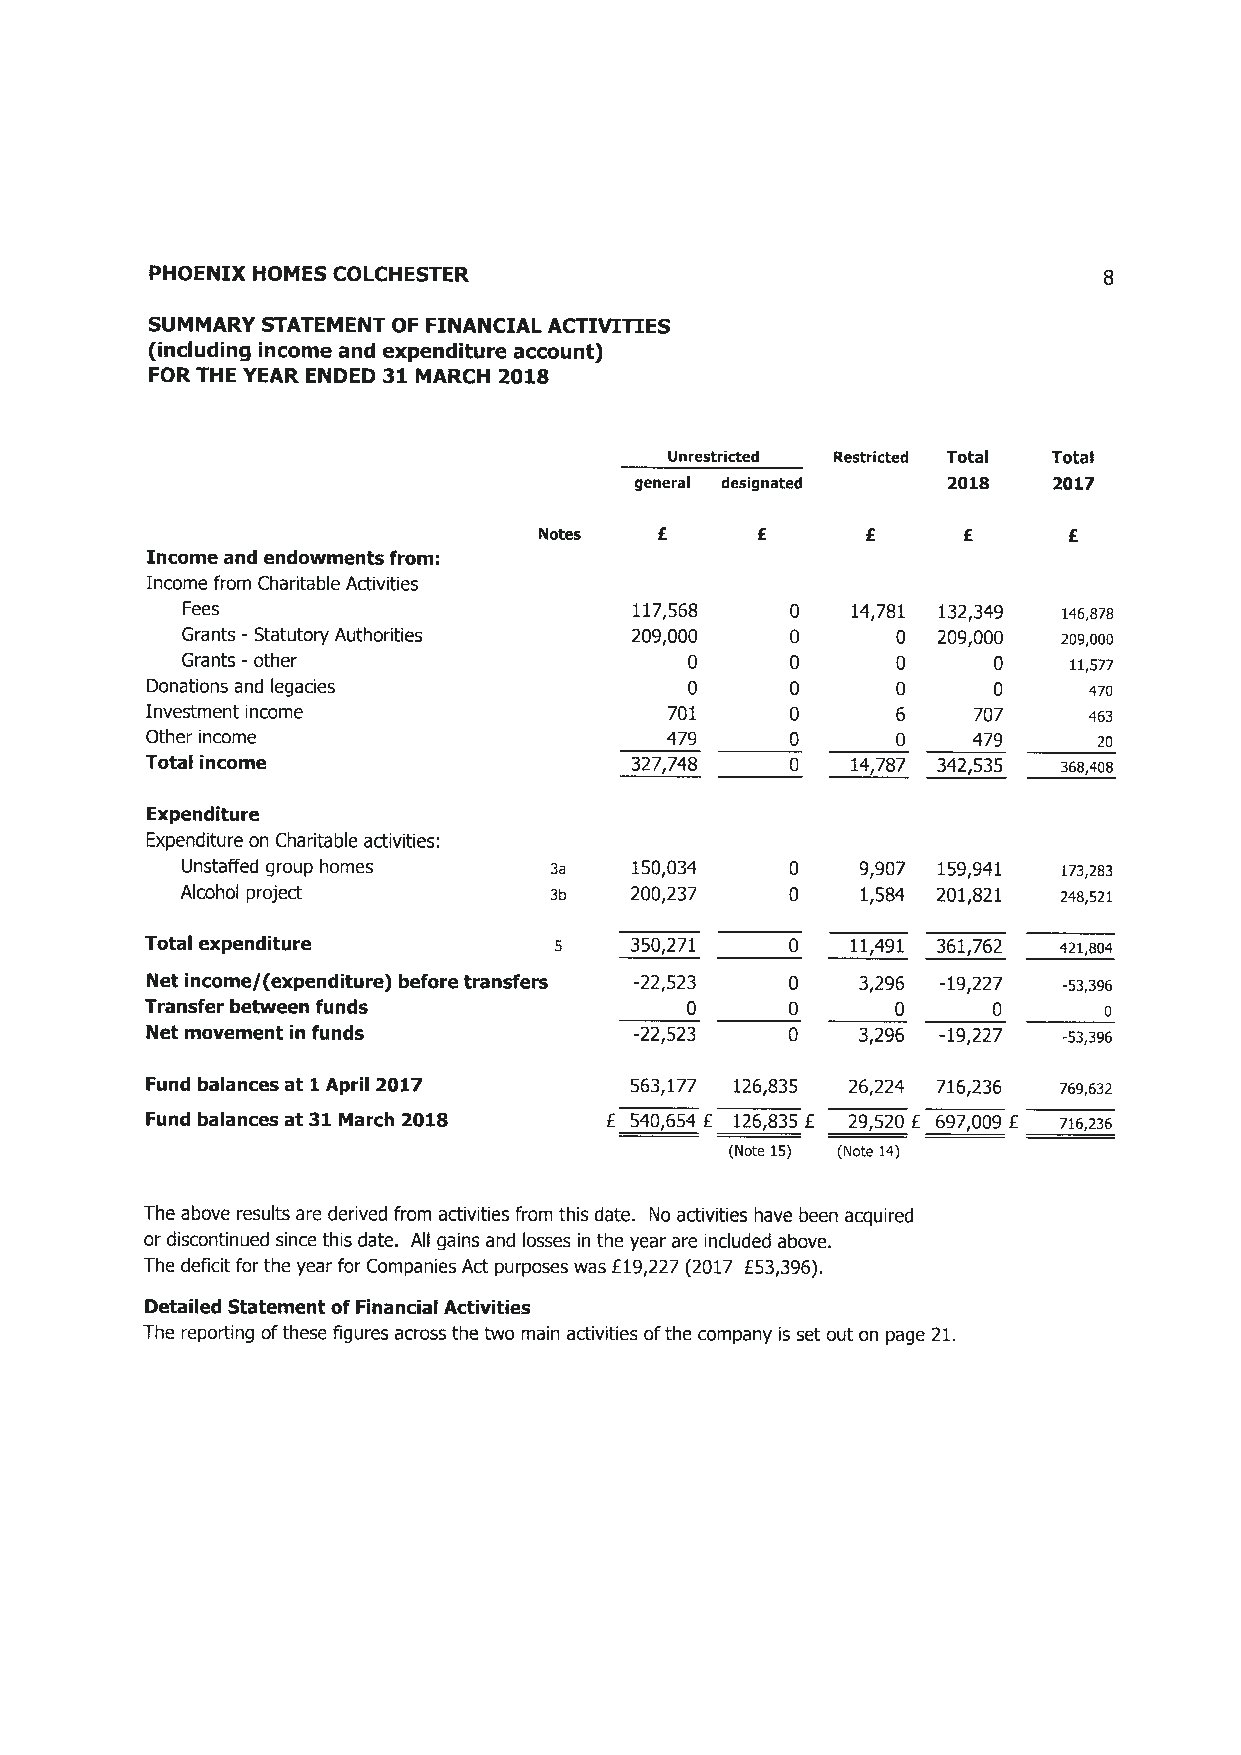
PHOENIX HOMES COLCHESTER                                       E~3
 SUMMARY STATEMENT OF FINANCIAL ACTIVITIES
 (including income and expenditure account)
 FOR THE YEAR ENDED 31 MARCH 2018
 Unrestricted Restricted Total Total
 general designated   2018   2017
 Notes  £      £      £      £      £
 Income and endowments from:
 Income from Charitable Activities
 Fees                          117,568   0   14,781 132,349 146,a~s
 Grants -Statutory Authorities 209,000   0      0  209,000 zo9,000
 Grants -other                    0      0      0      0    11,577
 Donations and legacies             ~      ~      ~      ~     470
 Investment income                 701     0      6    707     463
 Other income                      479     0      0    479      zo
 Total income                    327,748   0   14,787 342,535 s6s,aas
 Expenditure
 Expenditure on Charitable activities:
 Unstaffed group homes   3a    150,034   0    9,907 159,941 i~s,zas
 Alcohol project         3b    200,237   0    1,584 201,821 zas,szi
 Total expenditure          s    350,271   0   11,491 361,762 azi,soa
 Net income/(expenditure) before transfers -22,523 0 3,296 -19,227 -s3,396
 Transfer between funds             0      0      0      0      0
 Net movement in funds           -22,523   0    3,296 -19,227 -s3,396
 Fund balances at 1 April 2017   563,177 126,835 26,Z~4 716,236 769,632
 Fund balances at 31 March 2018 f 540,654 £ 126,835 £ 29,520 f 697,009 £ ~ie,236
 (Note 15) (Nate 14)
 The above results are derived from activities from this date. No activities have been acquired
 or discontinued since this date. All gains and losses in the year are included above.
 The deficit for the year for Companies Act purposes was £19,227 (2017 £53,396).
 Detailed Statement of Financial Activities
 The reporting of these figures across the two main activities of the company is set out on page Z1.